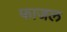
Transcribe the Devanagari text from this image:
फाजल